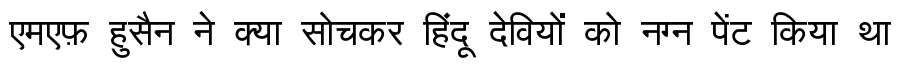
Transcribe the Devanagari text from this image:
एमएफ़ हुसैन ने क्या सोचकर हिंदू देवियों को नग्न पेंट किया था